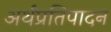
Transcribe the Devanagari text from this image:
अर्थप्रतिपादन